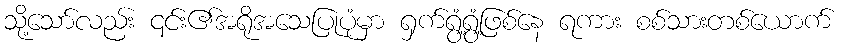
သို့သော်လည်း ၎င်း၏အရိုအသေပြုပုံမှာ ရှက်ရွံ့ရွံ့ဖြစ်နေ ရကား စစ်သားတစ်ယောက်